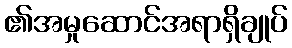
၏အမှုဆောင်အရာရှိချုပ်